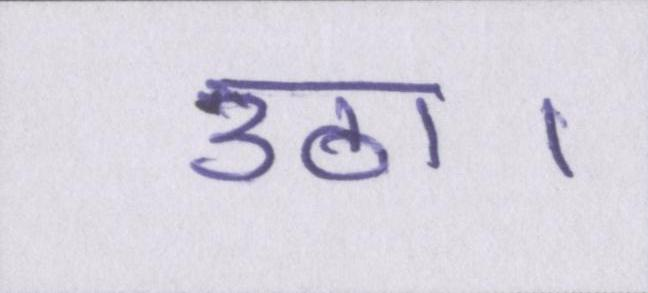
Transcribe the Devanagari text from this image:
उठा।